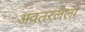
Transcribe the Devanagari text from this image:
अवतरलेला